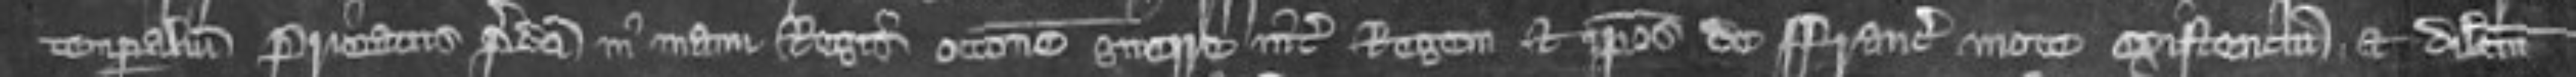
temporalium prioratus predicti in manu Regis occasione guerre inter Regem et ipsos de Francie mote existencium et dilectum